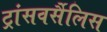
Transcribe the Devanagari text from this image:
ट्रांसवर्सैलिस